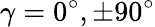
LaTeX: \gamma=0^{\circ},\pm 90^{\circ}